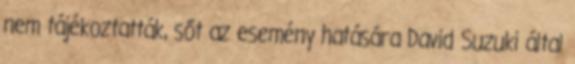
nem tájékoztatták, sőt az esemény hatására David Suzuki által